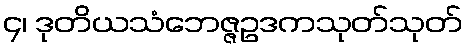
၄၊ ဒုတိယသံဘေဇ္ဇဥဒကသုတ်သုတ်